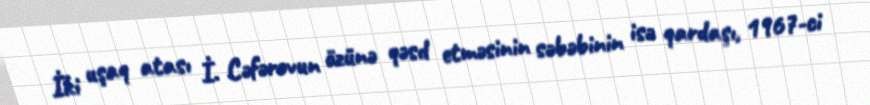
İki uşaq atası İ. Cəfərovun özünə qəsd etməsinin səbəbinin isə qardaşı, 1967-ci